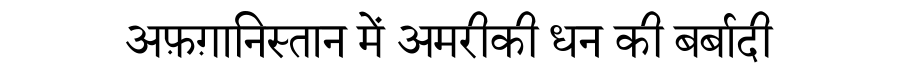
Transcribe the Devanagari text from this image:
अफ़ग़ानिस्तान में अमरीकी धन की बर्बादी